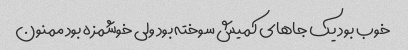
خوب بود یک جاهای کمیش سوخته بود ولی خوشمزه بود ممنون